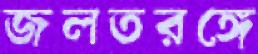
জলতরঙ্গে